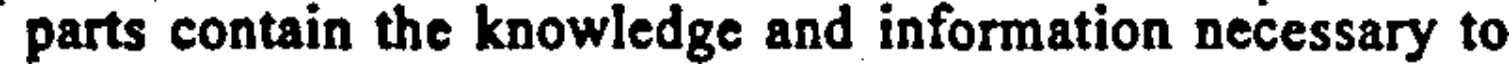
parts contain the knowledge and information necessary to